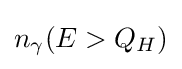
n_{\gamma }(E>Q_{H})